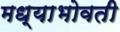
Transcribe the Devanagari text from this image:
मध्याभोवती